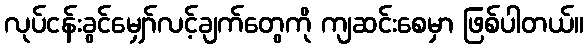
လုပ်ငန်းခွင်မျှော်လင့်ချက်တွေကို ကျဆင်းစေမှာ ဖြစ်ပါတယ်။